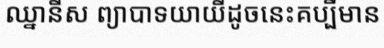
ឈ្នានីស ព្យាបាទយាយីដូចនេះគប្បីមាន